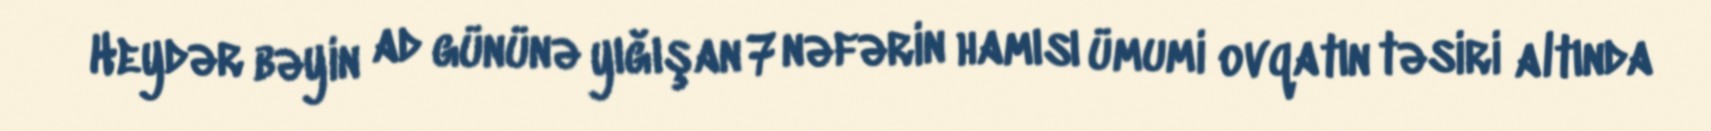
Heydər bəyin ad gününə yığışan 7 nəfərin hamısı ümumi ovqatın təsiri altında